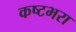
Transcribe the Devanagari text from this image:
कष्टभरा